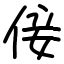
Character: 倿